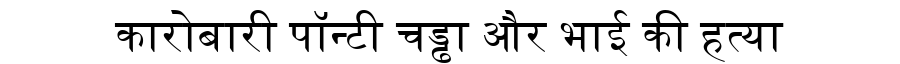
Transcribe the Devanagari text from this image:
कारोबारी पॉन्टी चड्ढा और भाई की हत्या